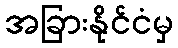
အခြားနိုင်ငံမှ